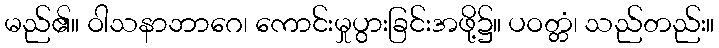
မည်၏။ ဝါသနာဘာဂေ၊ ကောင်းမှုပွားခြင်းအဖို့၌။ ပဝတ္တံ၊ သည်တည်း။